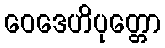
ဝေဒေဟိပုတ္တော